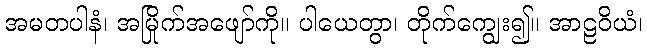
အမတပါနံ၊ အမြိုက်အဖျော်ကို။ ပါယေတွာ၊ တိုက်ကျွေး၍။ အာဠဝိယံ၊